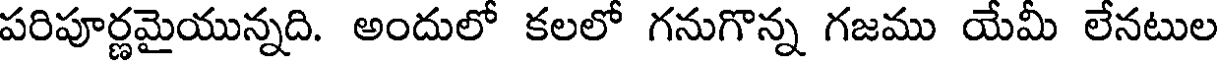
పరిపూర్ణమైయున్నది. అందులో కలలో గనుగొన్న గజము యేమీ లేనటుల